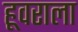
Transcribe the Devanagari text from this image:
हूवराला